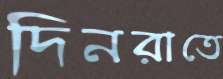
দিনরাতে